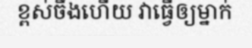
ខ្ពស់ចឹងហើយ វាធ្វើឲ្យម្នាក់